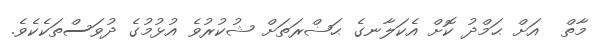
މާތް  އަށް ޙަމްދު ކޮށް އެކަލާނގެ ޙަޟްރަތަށް ޝުކުރުވެ އުޅުމުގެ ދުވަސްތަކެކެވެ.